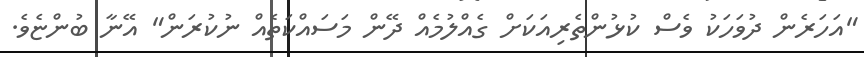
"އަހަރެން ދުވަހަކު ވެސް ކުޅުންތެރިއަކަށް ގެއްލުމެއް ދޭން މަސައްކަތެއް ނުކުރަން" އޭނާ ބުންޏެވެ.